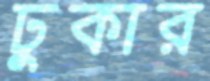
ঢুকার